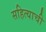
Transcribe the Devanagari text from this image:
सहित्याची